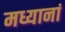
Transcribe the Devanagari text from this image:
मध्यानां